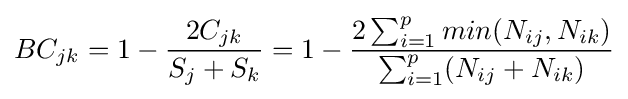
BC_{jk}=1-{\frac {2C_{jk}}{S_{j}+S_{k}}}=1-{\frac {2\sum _{i=1}^{p}min(N_{ij},N_{ik})}{\sum _{i=1}^{p}(N_{ij}+N_{ik})}}